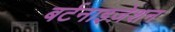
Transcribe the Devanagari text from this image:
बर्टनाइज़ेशन